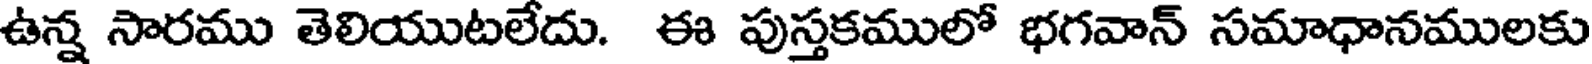
ఉన్న సారము తెలియుటలేదు. ఈ పుస్తకములో భగవాన్ సమాధానములకు